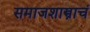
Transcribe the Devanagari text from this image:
समाजशास्त्राचं